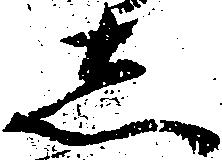
し